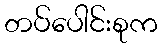
တပ်ပေါင်းစုက